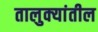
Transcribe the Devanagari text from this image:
तालुक्‍यांतील